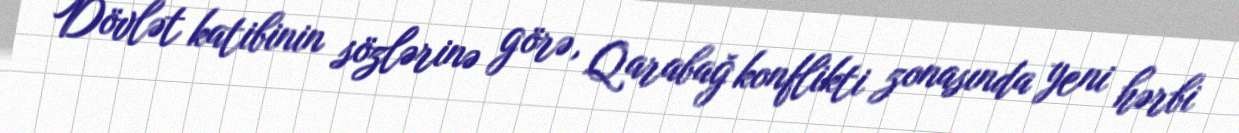
Dövlət katibinin sözlərinə görə, Qarabağ konflikti zonasında yeni hərbi